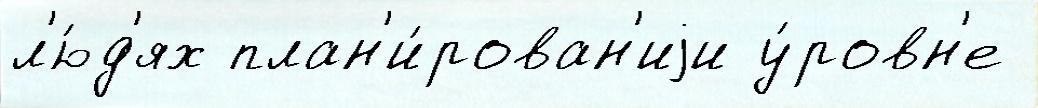
л'ю́д'ях план'и́рован'иjи у́ровн'е